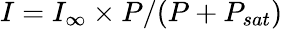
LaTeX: I=I_{\infty}\times P/(P+P_{sat})